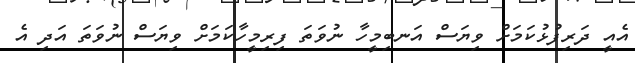
އެއީ ދަރިފުޅުކަމަށް ވިޔަސް އަނބިމީހާ ނުވަތަ ފިރިމީހާކަމަށް ވިޔަސް ނުވަތަ އަދި އެ